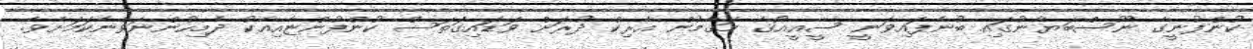
ކުންފުނީގެ ނޫސްބަޔާނުގައި ބުނެފައިވަނީ ސީއީއޯގެ މަޤާމުން އެރިކް ދުރަށް ވަޑައިގަތަސް ކުންފުންޏާއިއެކު ދެމިހުންނަވާނެކަމަށެވެ.